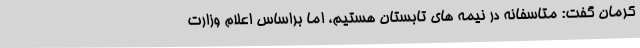
کرمان گفت: متاسفانه در نیمه های تابستان هستیم، اما براساس اعلام وزارت